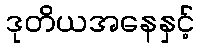
ဒုတိယအနေနှင့်